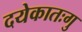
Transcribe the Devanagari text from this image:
दयेकातःगु